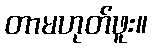
တာမဟုတ်ဖူး။